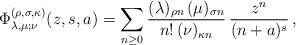
LaTeX: \begin{align*} \Phi^{(\rho, \sigma, \kappa)}_{\lambda, \mu; \nu}(z, s, a) = \sum_{n \geq 0} \frac{(\lambda)_{\rho n}\, (\mu)_{\sigma n}}{n!\, (\nu)_{\kappa n}}\, \dfrac{z^n}{(n+a)^s}\,, \end{align*}